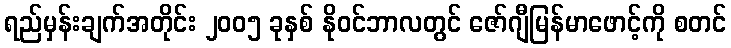
ရည်မှန်းချက်အတိုင်း ၂၀၀၅ ခုနှစ် နိုဝင်ဘာလတွင် ဇော်ဂျီမြန်မာဖောင့်ကို စတင်